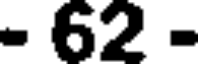
- 62 -